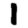
Digit: 1